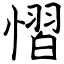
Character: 慴